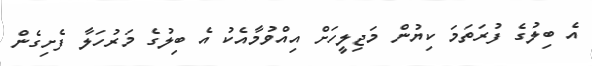
އެ ބިލުގެ ފުރަތަމަ ކިޔުން މަޖިލީހަށް އިއްވުމާއެކު އެ ބިލުގެ މަރުހަލާ ފެށިގެން